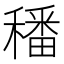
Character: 𥢌